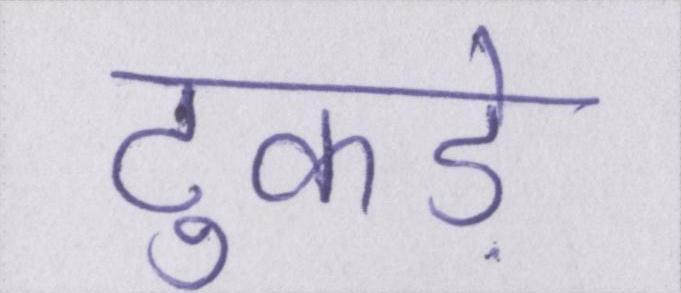
टुकड़े